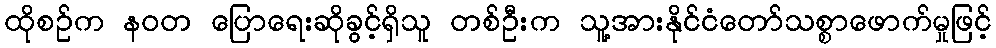
ထိုစဉ်က နဝတ ပြောရေးဆိုခွင့်ရှိသူ တစ်ဦးက သူ့အားနိုင်ငံတော်သစ္စာဖောက်မှုဖြင့်